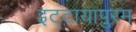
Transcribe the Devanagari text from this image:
इट्टायापुरम